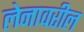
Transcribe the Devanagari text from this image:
लेनावरील